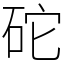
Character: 砣